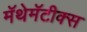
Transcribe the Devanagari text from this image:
मॅथेमॅटीक्स